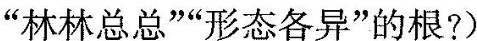
林林总总”、“形态各异”的根?)